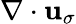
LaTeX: \nabla\cdot{\mathbf u}_{\sigma}